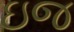
ઇજ